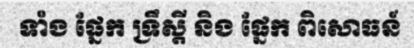
ទាំង ផ្នែក ទ្រឹស្តី និង ផ្នែក ពិសោធន៍